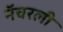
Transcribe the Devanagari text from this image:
नॅचरली